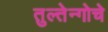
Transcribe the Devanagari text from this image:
तुल्तेन्गोचे